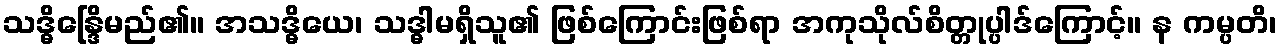
သဒ္ဓိန္ဒြေိမည်၏။ အသဒ္ဓိယေ၊ သဒ္ဓါမရှိသူ၏ ဖြစ်ကြောင်းဖြစ်ရာ အကုသိုလ်စိတ္တုပ္ပါဒ်ကြောင့်။ န ကမ္ပတိ၊